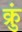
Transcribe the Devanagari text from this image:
क्रुं